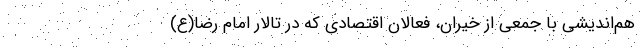
هم‌اندیشی ‌با جمعی از خیران، فعالان اقتصادی که در تالار امام رضا(ع)